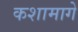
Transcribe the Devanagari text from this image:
कशामागे